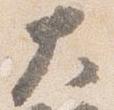
大